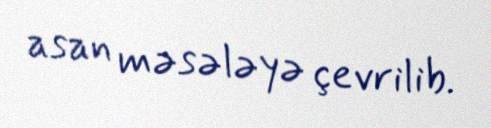
asan məsələyə çevrilib.